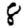
Digit: 8